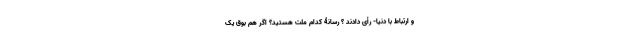
و ارتباط با دنیا- رأی دادند ؟ رسانۀ کدام ملت هستید؟ اگر هم بوق یک